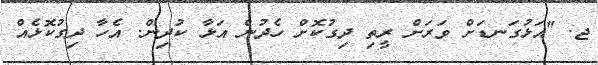
ޖ. "އަޅުގަނޑަށް ވަރަށް ރީތި ދިގުކޮށް ހެދުން އަޅާ ކުދިން. އެހާ ދިގުކޮޅެއް